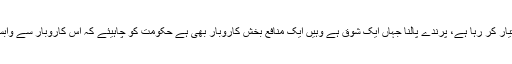
گھروں میں پرندوں کی افزائش اور فروخت کا کاروبار تیزی سے وسعت اختیار کر رہا ہے، پرندے پالنا جہاں ایک شوق ہے وہیں ایک منافع بخش کاروبار بھی ہے حکومت کو چاہیئے کہ اس کاروبار سے وابستہ افراد کو درپیش مشکلات کو کم کرنے کے لیے قوانین پر نظرثانی کرے۔